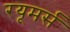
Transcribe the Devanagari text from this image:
रयूमर्स